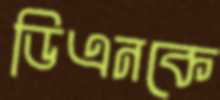
ডিএনকে